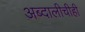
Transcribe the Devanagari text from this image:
अब्दालीचीही